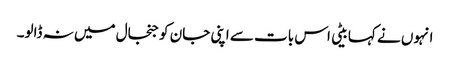
انہوں نے کہا بیٹی اس بات سے اپنی جان کو جنجال میں نہ ڈالو۔